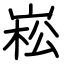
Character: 崧